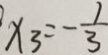
x _ { 3 } = - \frac { 1 } { 3 }